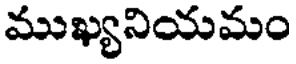
ముఖ్యనియమం